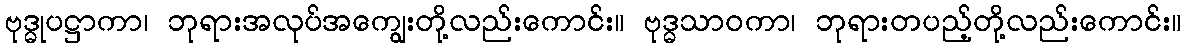
ဗုဒ္ဓုပဋ္ဌာကာ၊ ဘုရားအလုပ်အကျွေးတို့လည်းကောင်း။ ဗုဒ္ဓသာဝကာ၊ ဘုရားတပည့်တို့လည်းကောင်း။